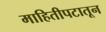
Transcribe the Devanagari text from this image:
माहितीपटातून